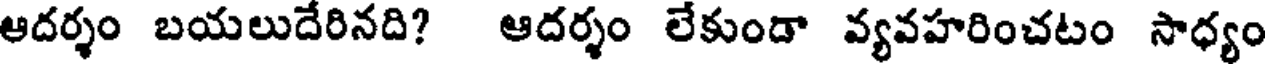
ఆదర్శం బయలుదేరినది? ఆదర్శం లేకుండా వ్యవహరించటం సాధ్యం